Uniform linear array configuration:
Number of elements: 32
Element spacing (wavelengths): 1
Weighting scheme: blackman
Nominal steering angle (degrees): -60
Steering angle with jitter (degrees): -60.271
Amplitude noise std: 0.05
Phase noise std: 0.05

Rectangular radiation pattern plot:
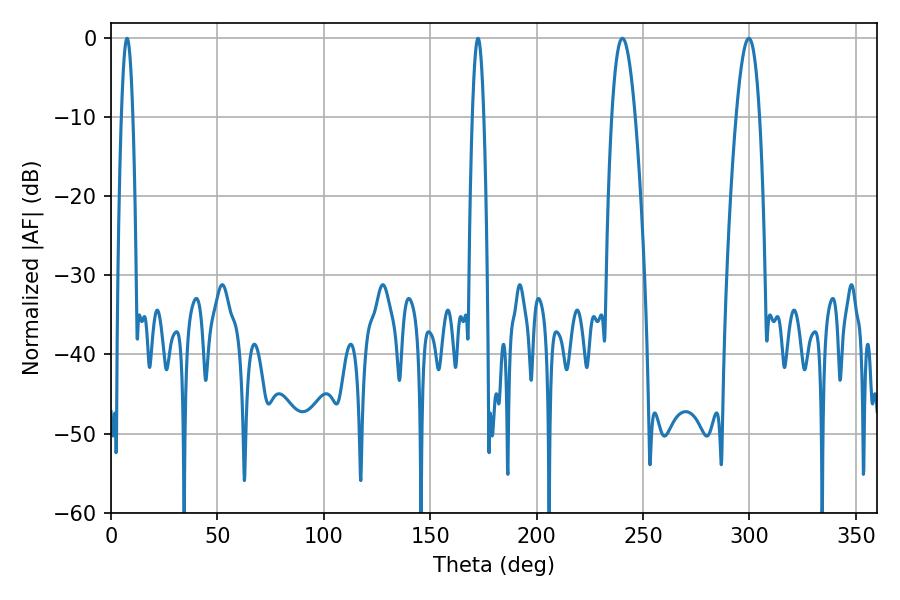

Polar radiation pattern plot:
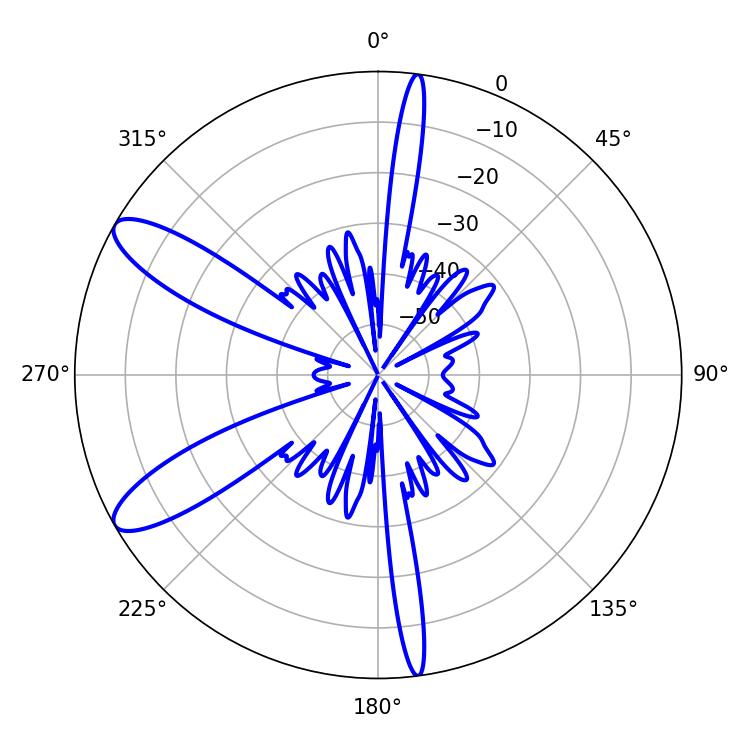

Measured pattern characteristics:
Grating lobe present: TRUE
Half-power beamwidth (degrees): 5.94
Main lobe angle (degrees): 299.7